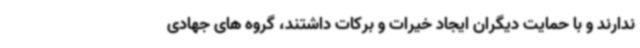
ندارند و با حمایت دیگران ایجاد خیرات و برکات داشتند، گروه های جهادی